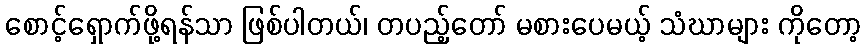
စောင့်ရှောက်ဖို့ရန်သာ ဖြစ်ပါတယ်၊ တပည့်တော် မစားပေမယ့် သံဃာများ ကိုတော့